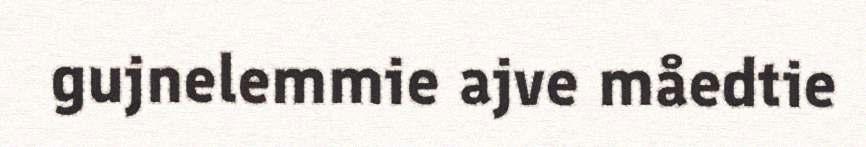
gujnelemmie ajve måedtie